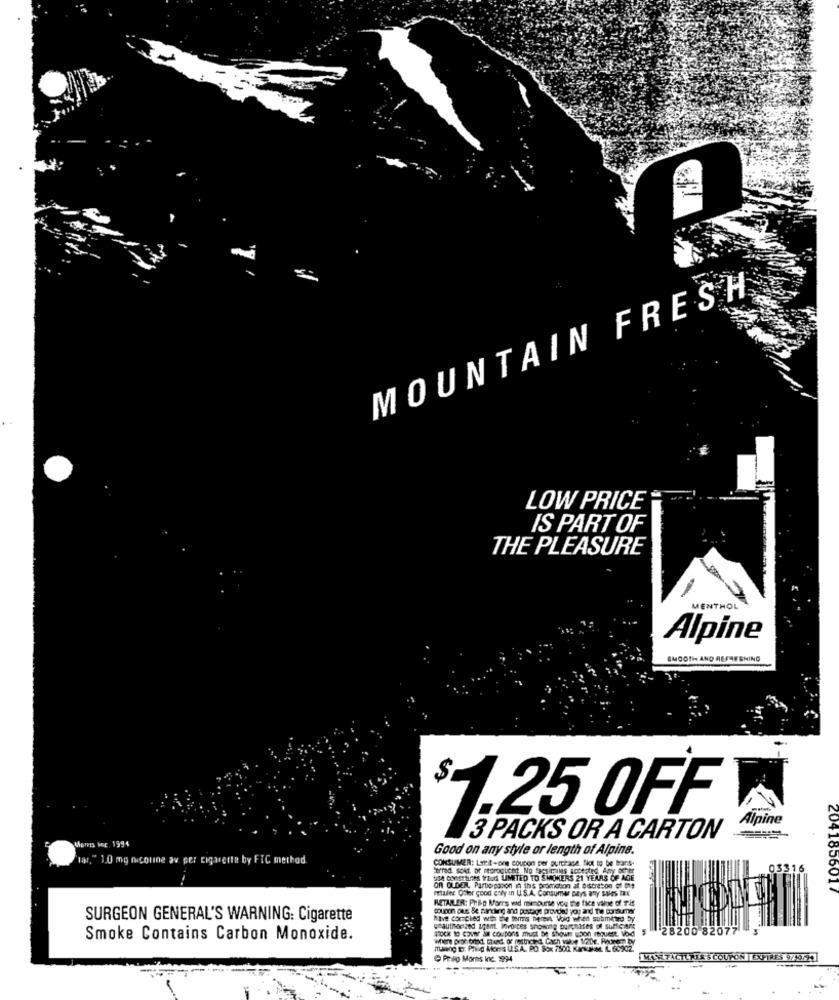
MOUNTAIN FRESH
LOW PRICE
IS PART OF
THE PLEASURE
MENTHOL
Alpine
SMOOTH AND REFRESHING
$1,25 OFF
Alpine
Moms ME. 1994
3 PACKS OR A CARTON
Good on any style or length of Alpine.
lar," 1,0 mg nicoune av per cigarette by FIC method
CONSUMER: Lit-one coupon per purchase. Ske to be bons-
Cerrad. solt of moroglicht No facsimiles socented, Amy ocher
03316
use CosttInes traud LIMITED TO SMOKERS 21 YEARS OF AGE
OR OLDER Partie papon 10 ths promobon at 06breton of me
maler Other good enly in U.S.A. Consumer Days any suits tax
2041856017
RETAILER: Philip Morrs wid nimburse you the face value of Tis
SURGEON GENERAL'S WARNING: Cigarette
hive complied with the tens herent. Void when submitted by
unauthorized agent. invoices showing Durchites of sufficient
STOCK to CON Si coupons must be Shown upon request Vod
5 28200 82077
Smoke Contains Carbon Monoxide.
mang to: Prile Moers U.S.A. PO Box 7500 KarsakMt. IL 60202.
O Priap Morts Inc. 9794
MAXFACTURER'S COUPON |EXPIRES 9/5794